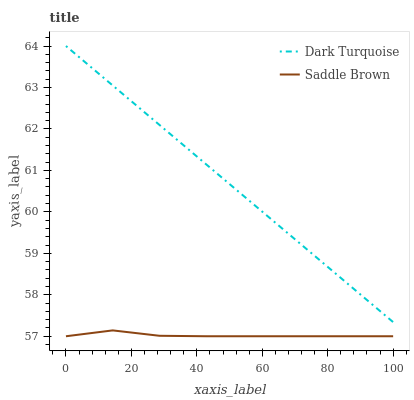
| xaxis_label | Dark Turquoise | Saddle Brown |
 | --- | --- | --- |
 | 0 | 64 | 57 |
 | 14.3 | 63 | 57.1 |
 | 28.6 | 62.1 | 57 |
 | 42.9 | 61.1 | 57 |
 | 57.1 | 60.2 | 57 |
 | 71.4 | 59.2 | 57 |
 | 85.7 | 58.3 | 57 |
 | 100 | 57.3 | 57 |